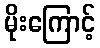
မိုးကြောင့်